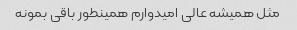
مثل همیشه عالی امیدوارم همینطور باقی بمونه